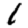
Digit: 1